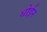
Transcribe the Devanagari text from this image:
धोईन